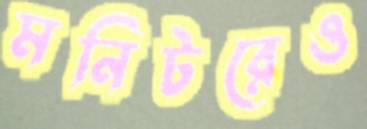
মনিটরেও